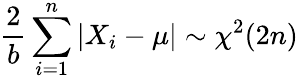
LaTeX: {\frac{\displaystyle 2}{b}}\sum_{i=1}^{n}|X_{i}-\mu|\sim\chi^{2}(2n)